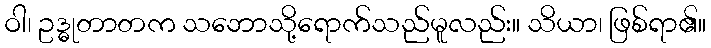
ဝါ၊ ဥဒ္ဓုတာတက သဘောသို့ရောက်သည်မူလည်း။ သိယာ၊ ဖြစ်ရာ၏။